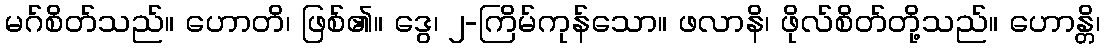
မဂ်စိတ်သည်။ ဟောတိ၊ ဖြစ်၏။ ဒွေ၊ ၂-ကြိမ်ကုန်သော။ ဖလာနိ၊ ဖိုလ်စိတ်တို့သည်။ ဟောန္တိ၊